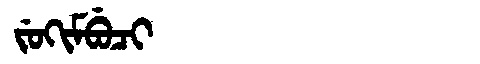
Manchu: ᠵᡠᡴᡳᠮᠪᡠᠴᡳ
Romanization: JUKIMBUCI